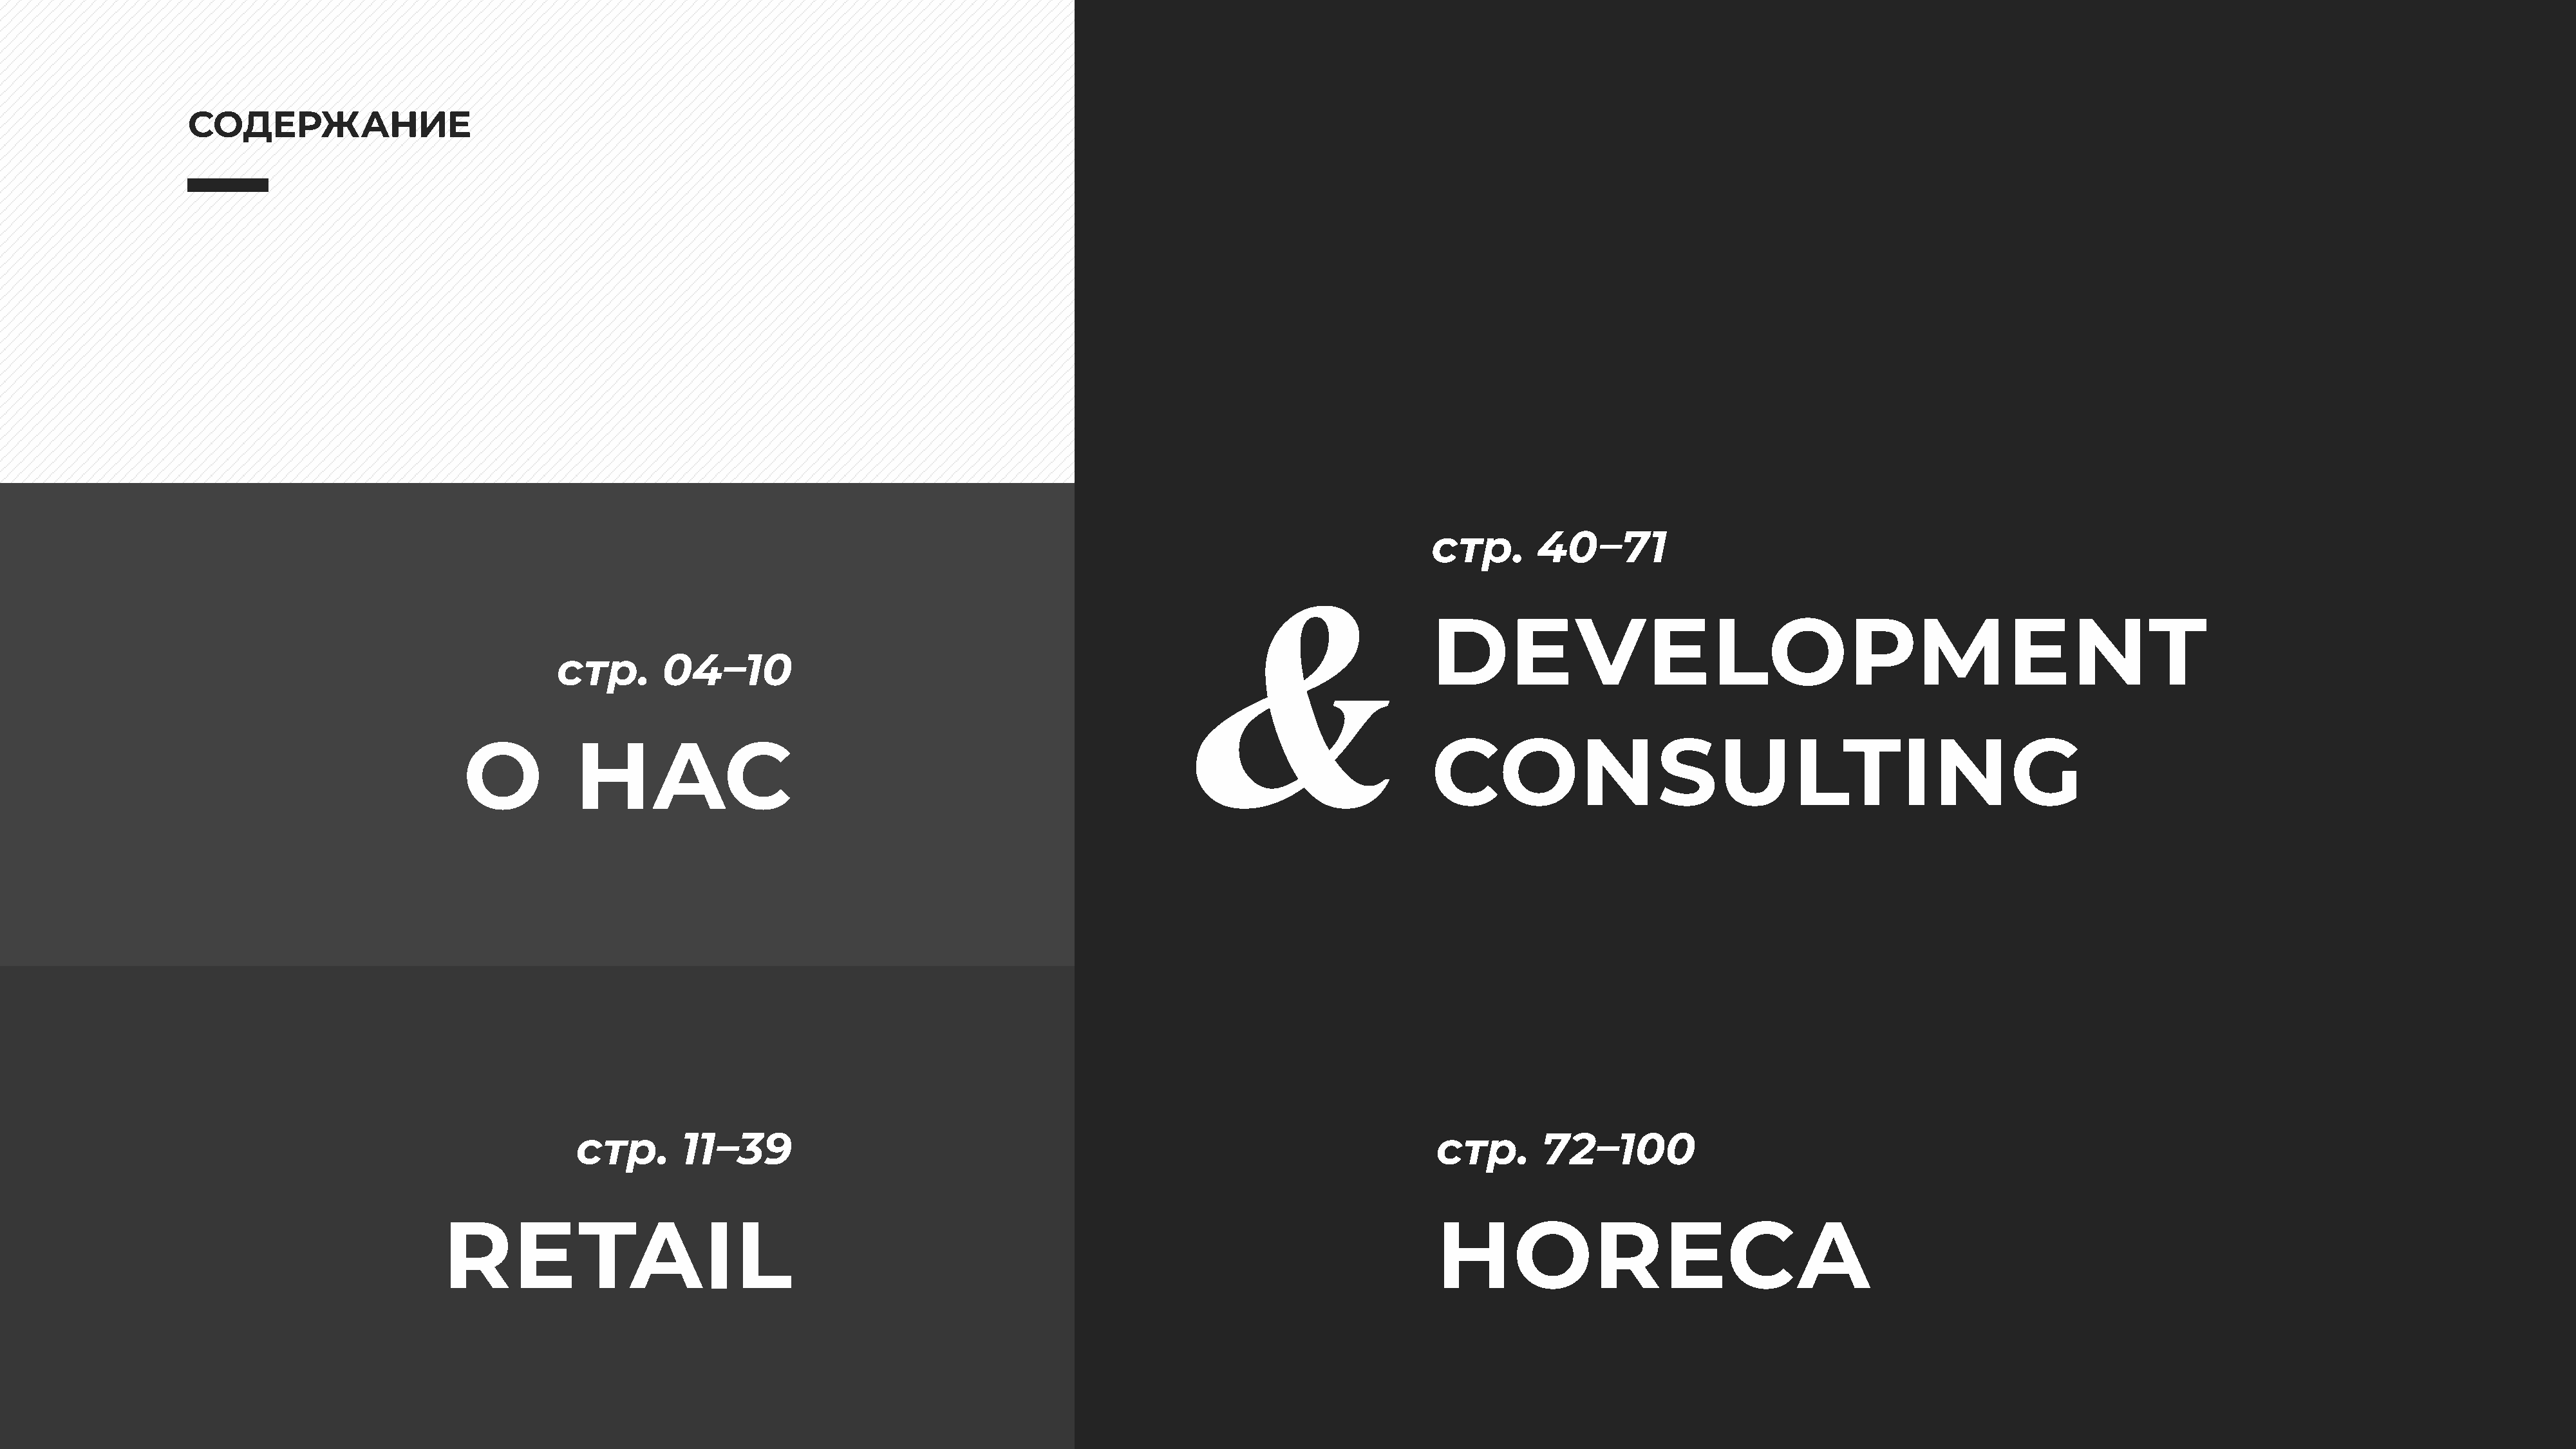
СОДЕРЖАНИЕ
 стр.       40–71
 DEVELOPMENT
 стр.       04–10
 О          НАС                                                                                     CONSULTING
 стр.       11–39                                                                         стр.      72–100
 RETAIL                                                                                                HORECA